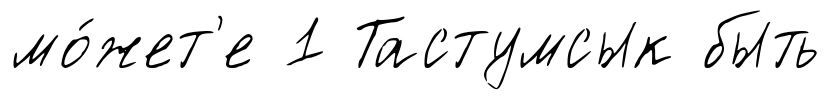
мо́жет'е 1 Тастумсык быть